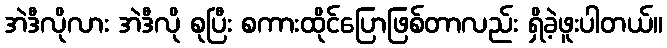
အဲဒီလိုလား အဲဒီလို စုပြီး စကားထိုင်ပြောဖြစ်တာလည်း ရှိခဲ့ဖူးပါတယ်။